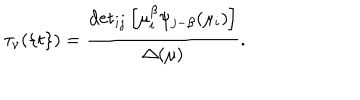
LaTeX: \tau _ { \nu } ( \{ t \} ) = \frac { { { \det } _ { i j } \left[ \mu _ { i } ^ { \beta } \psi _ { j - \beta } ( \mu _ { i } ) \right] } } { \Delta ( \mu ) } .